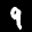
Label: 9